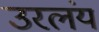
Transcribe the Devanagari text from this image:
उरलंय